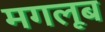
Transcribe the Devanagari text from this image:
मगलूब